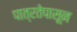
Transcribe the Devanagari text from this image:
पात्रतेपासून